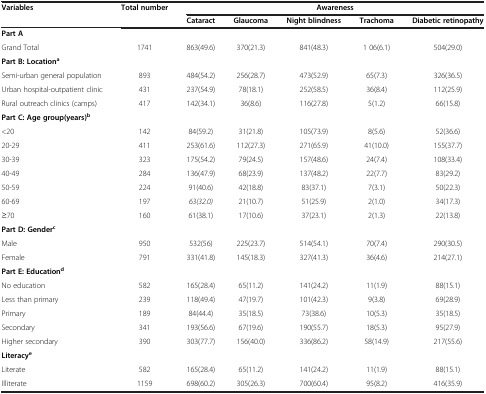
<table><thead><tr><td><b>Variables</b></td><td><b>Total number</b></td><td colspan="5"><b>Awareness</b></td></tr><tr><td><b> </b></td><td><b> </b></td><td><b>Cataract</b></td><td><b>Glaucoma</b></td><td><b>Night blindness</b></td><td><b>Trachoma</b></td><td><b>Diabetic retinopathy</b></td></tr></thead><tbody><tr><td colspan="7"><b>Part A</b></td></tr><tr><td>Grand Total</td><td>1741</td><td>863(49.6)</td><td>370(21.3)</td><td>841(48.3)</td><td>1 06(6.1)</td><td>504(29.0)</td></tr><tr><td colspan="7"><b>Part B: Location</b><sup><b>a</b></sup></td></tr><tr><td>Semi-urban general population</td><td>893</td><td>484(54.2)</td><td>256(28.7)</td><td>473(52.9)</td><td>65(7.3)</td><td>326(36.5)</td></tr><tr><td>Urban hospital-outpatient clinic</td><td>431</td><td>237(54.9)</td><td>78(18.1)</td><td>252(58.5)</td><td>36(8.4)</td><td>112(25.9)</td></tr><tr><td>Rural outreach clinics (camps)</td><td>417</td><td>142(34.1)</td><td>36(8.6)</td><td>116(27.8)</td><td>5(1.2)</td><td>66(15.8)</td></tr><tr><td colspan="7"><b>Part C: Age group(years)</b><sup><b>b</b></sup></td></tr><tr><td>&lt;20</td><td>142</td><td>84(59.2)</td><td>31(21.8)</td><td>105(73.9)</td><td>8(5.6)</td><td>52(36.6)</td></tr><tr><td>20-29</td><td>411</td><td>253(61.6)</td><td>112(27.3)</td><td>271(65.9)</td><td>41(10.0)</td><td>155(37.7)</td></tr><tr><td>30-39</td><td>323</td><td>175(54.2)</td><td>79(24.5)</td><td>157(48.6)</td><td>24(7.4)</td><td>108(33.4)</td></tr><tr><td>40-49</td><td>284</td><td>136(47.9)</td><td>68(23.9)</td><td>137(48.2)</td><td>22(7.7)</td><td>83(29.2)</td></tr><tr><td>50-59</td><td>224</td><td>91(40.6)</td><td>42(18.8)</td><td>83(37.1)</td><td>7(3.1)</td><td>50(22.3)</td></tr><tr><td>60-69</td><td>197</td><td><i>63(32.0)</i></td><td>21(10.7)</td><td>51(25.9)</td><td>2(1.0)</td><td>34(17.3)</td></tr><tr><td>≥70</td><td>160</td><td>61(38.1)</td><td>17(10.6)</td><td>37(23.1)</td><td>2(1.3)</td><td>22(13.8)</td></tr><tr><td colspan="7"><b>Part D: Gender</b><sup><b>c</b></sup></td></tr><tr><td>Male</td><td>950</td><td>532(56)</td><td>225(23.7)</td><td>514(54.1)</td><td>70(7.4)</td><td>290(30.5)</td></tr><tr><td>Female</td><td>791</td><td>331(41.8)</td><td>145(18.3)</td><td>327(41.3)</td><td>36(4.6)</td><td>214(27.1)</td></tr><tr><td colspan="7"><b>Part E: Education</b><sup><b>d</b></sup></td></tr><tr><td>No education</td><td>582</td><td>165(28.4)</td><td>65(11.2)</td><td>141(24.2)</td><td>11(1.9)</td><td>88(15.1)</td></tr><tr><td>Less than primary</td><td>239</td><td>118(49.4)</td><td>47(19.7)</td><td>101(42.3)</td><td>9(3.8)</td><td>69(28.9)</td></tr><tr><td>Primary</td><td>189</td><td>84(44.4)</td><td>35(18.5)</td><td>73(38.6)</td><td>10(5.3)</td><td>35(18.5)</td></tr><tr><td>Secondary</td><td>341</td><td>193(56.6)</td><td>67(19.6)</td><td>190(55.7)</td><td>18(5.3)</td><td>95(27.9)</td></tr><tr><td>Higher secondary</td><td>390</td><td>303(77.7)</td><td>156(40.0)</td><td>336(86.2)</td><td>58(14.9)</td><td>217(55.6)</td></tr><tr><td colspan="7"><b>Literacy</b><sup><b>e</b></sup></td></tr><tr><td>Literate</td><td>582</td><td>165(28.4)</td><td>65(11.2)</td><td>141(24.2)</td><td>11(1.9)</td><td>88(15.1)</td></tr><tr><td>Illiterate</td><td>1159</td><td>698(60.2)</td><td>305(26.3)</td><td>700(60.4)</td><td>95(8.2)</td><td>416(35.9)</td></tr></tbody></table>